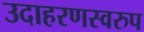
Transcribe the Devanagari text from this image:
उदाहरणस्‍वरुप